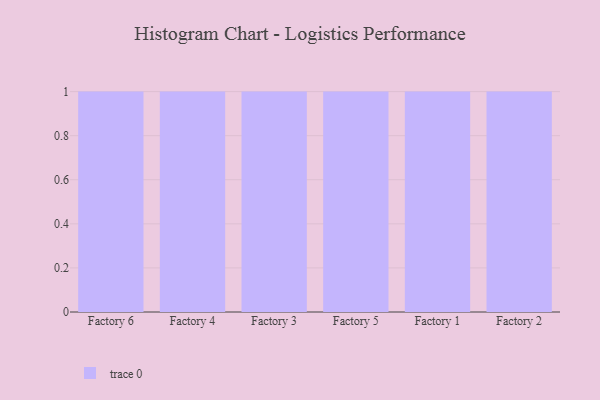
{"axis": {"x": "Factory", "y": "Conversion Rate (%)"}, "legend": [""], "data": [{"x": "Factory 6", "y": 29, "type": ""}, {"x": "Factory 4", "y": 56, "type": ""}, {"x": "Factory 3", "y": 55, "type": ""}, {"x": "Factory 5", "y": 72, "type": ""}, {"x": "Factory 1", "y": 27, "type": ""}, {"x": "Factory 2", "y": 72, "type": ""}]}